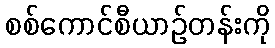
စစ်ကောင်စီယာဉ်တန်းကို